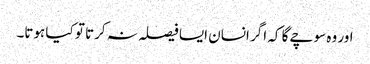
اور وہ سوچے گا کہ اگر انسان ایسا فیصلہ نہ کرتا تو کیا ہوتا۔